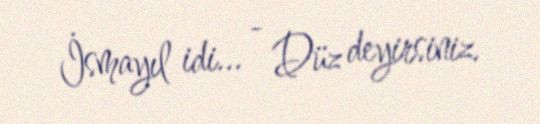
İsmayıl idi... - Düz deyirsiniz.